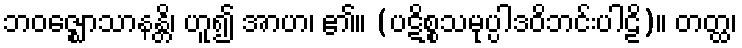
ဘဝဇ္ဈောသာနန္တိ၊ ဟူ၍ အာဟ၊ ၏။ (ပဋိစ္စသမုပ္ပါဒဝိဘင်းပါဠိ)။ တတ္ထ၊